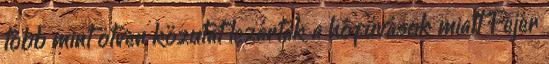
több mint ötven közutat lezártak a hófúvások miatt Fejér